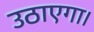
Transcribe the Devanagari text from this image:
उठाएगा।